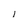
Character: 1